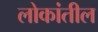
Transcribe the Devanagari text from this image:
लोकांतील